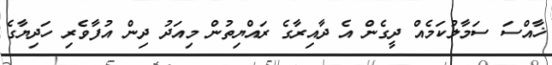
ޚާއްސަ ސަމާލުކަމެއް ދީގެން އެ ދާއިރާގެ ރައްޔިތުން މިއަދު ދިން އުފާވެރި ހަދިޔާގެ